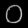
Digit: ၀